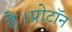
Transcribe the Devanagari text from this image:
है।प्रोटॉन